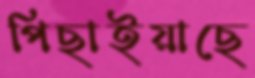
পিছাইয়াছে